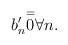
LaTeX: \begin{align*} b'_n &\overset = 0 \forall n. \end{align*}